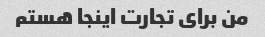
من برای تجارت اینجا هستم